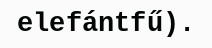
elefántfű).